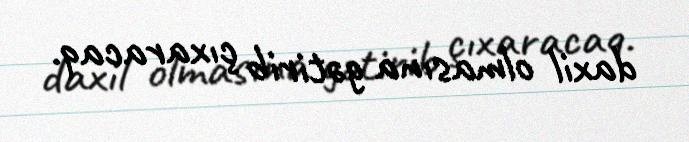
daxil olmasına gətirib çıxaracaq.